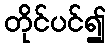
တိုင်ပင်၍